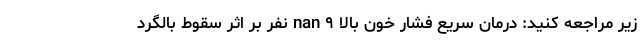
زیر مراجعه کنید: درمان سریع فشار خون بالا nan ۹ نفر بر اثر سقوط بالگرد